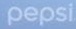
pepsi